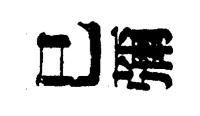
巳彌